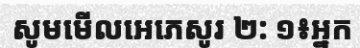
សូមមើលអេភេសូរ ២: ១៖អ្នក